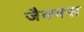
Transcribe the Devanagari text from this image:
जैक्क्स